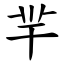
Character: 羋